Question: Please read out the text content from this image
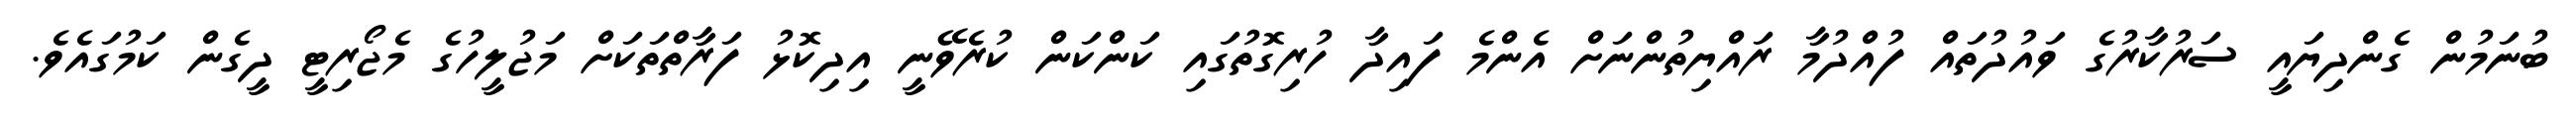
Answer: ބުނަމުން ގެންދިޔައީ ސަރުކާރުގެ ވައުދުތައް ފުއްދުމާ ރައްޔިތުންނަށް އެންމެ ފައިދާ ހުރިގޮތުގައި ކަންކަން ކުރެވޭނީ އިދިކޮޅު ފަރާތްތަކަށް މަޖުލީހުގެ މެޖޯރިޓީ ދީގެން ކަމުގައެވެ.